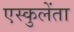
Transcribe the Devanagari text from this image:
एस्कुलेंता